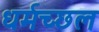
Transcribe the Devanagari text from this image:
धर्मच्छल